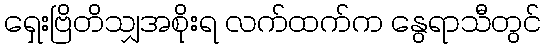
ရှေးဗြိတိသျှအစိုးရ လက်ထက်က နွေရာသီတွင်